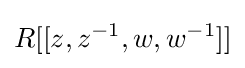
R[[z,z^{-1},w,w^{-1}]]